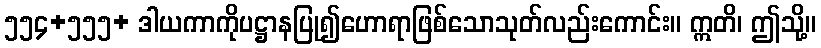
၅၅၄+၅၅၅+ ဒါယကာကိုပဋ္ဌာနပြု၍ဟောရာဖြစ်သောသုတ်လည်းကောင်း။ ဣတိ၊ ဤသို့။